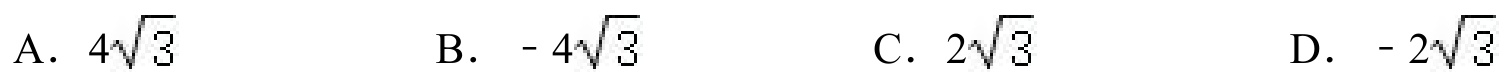
A. \(4\sqrt{3}\quad\) B. \(-4\sqrt{3}\quad\) C. \(2\sqrt{3}\quad\) D. \(-2\sqrt{3}\)